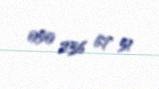
050 236 67 51